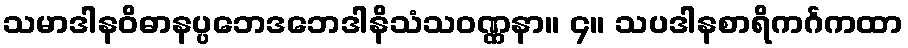
သမာဒါနဝိဓာနပ္ပဘေဒဘေဒါနိသံသဝဏ္ဏနာ။ ၄။ သပဒါနစာရိကင်္ဂကထာ